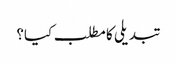
تبدیلی کا مطلب کیا؟